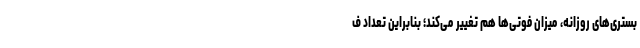
بستری‌های روزانه، میزان فوتی‌ها هم تغییر می‌کند؛ بنابراین تعداد ف